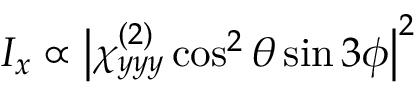
I _ { x } \propto \big | \chi _ { y y y } ^ { ( 2 ) } \cos ^ { 2 } \theta \sin 3 \phi \big | ^ { 2 }